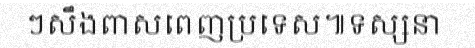
ៗសឹងពាសពេញប្រទេស៕ទស្សនា